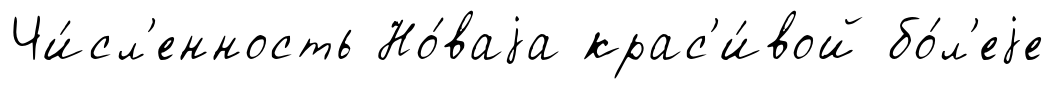
Чи́сл'енность Но́ваjа крас'и́вой бо́л'еjе